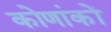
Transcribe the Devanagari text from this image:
कोणांकों